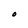
Character: O